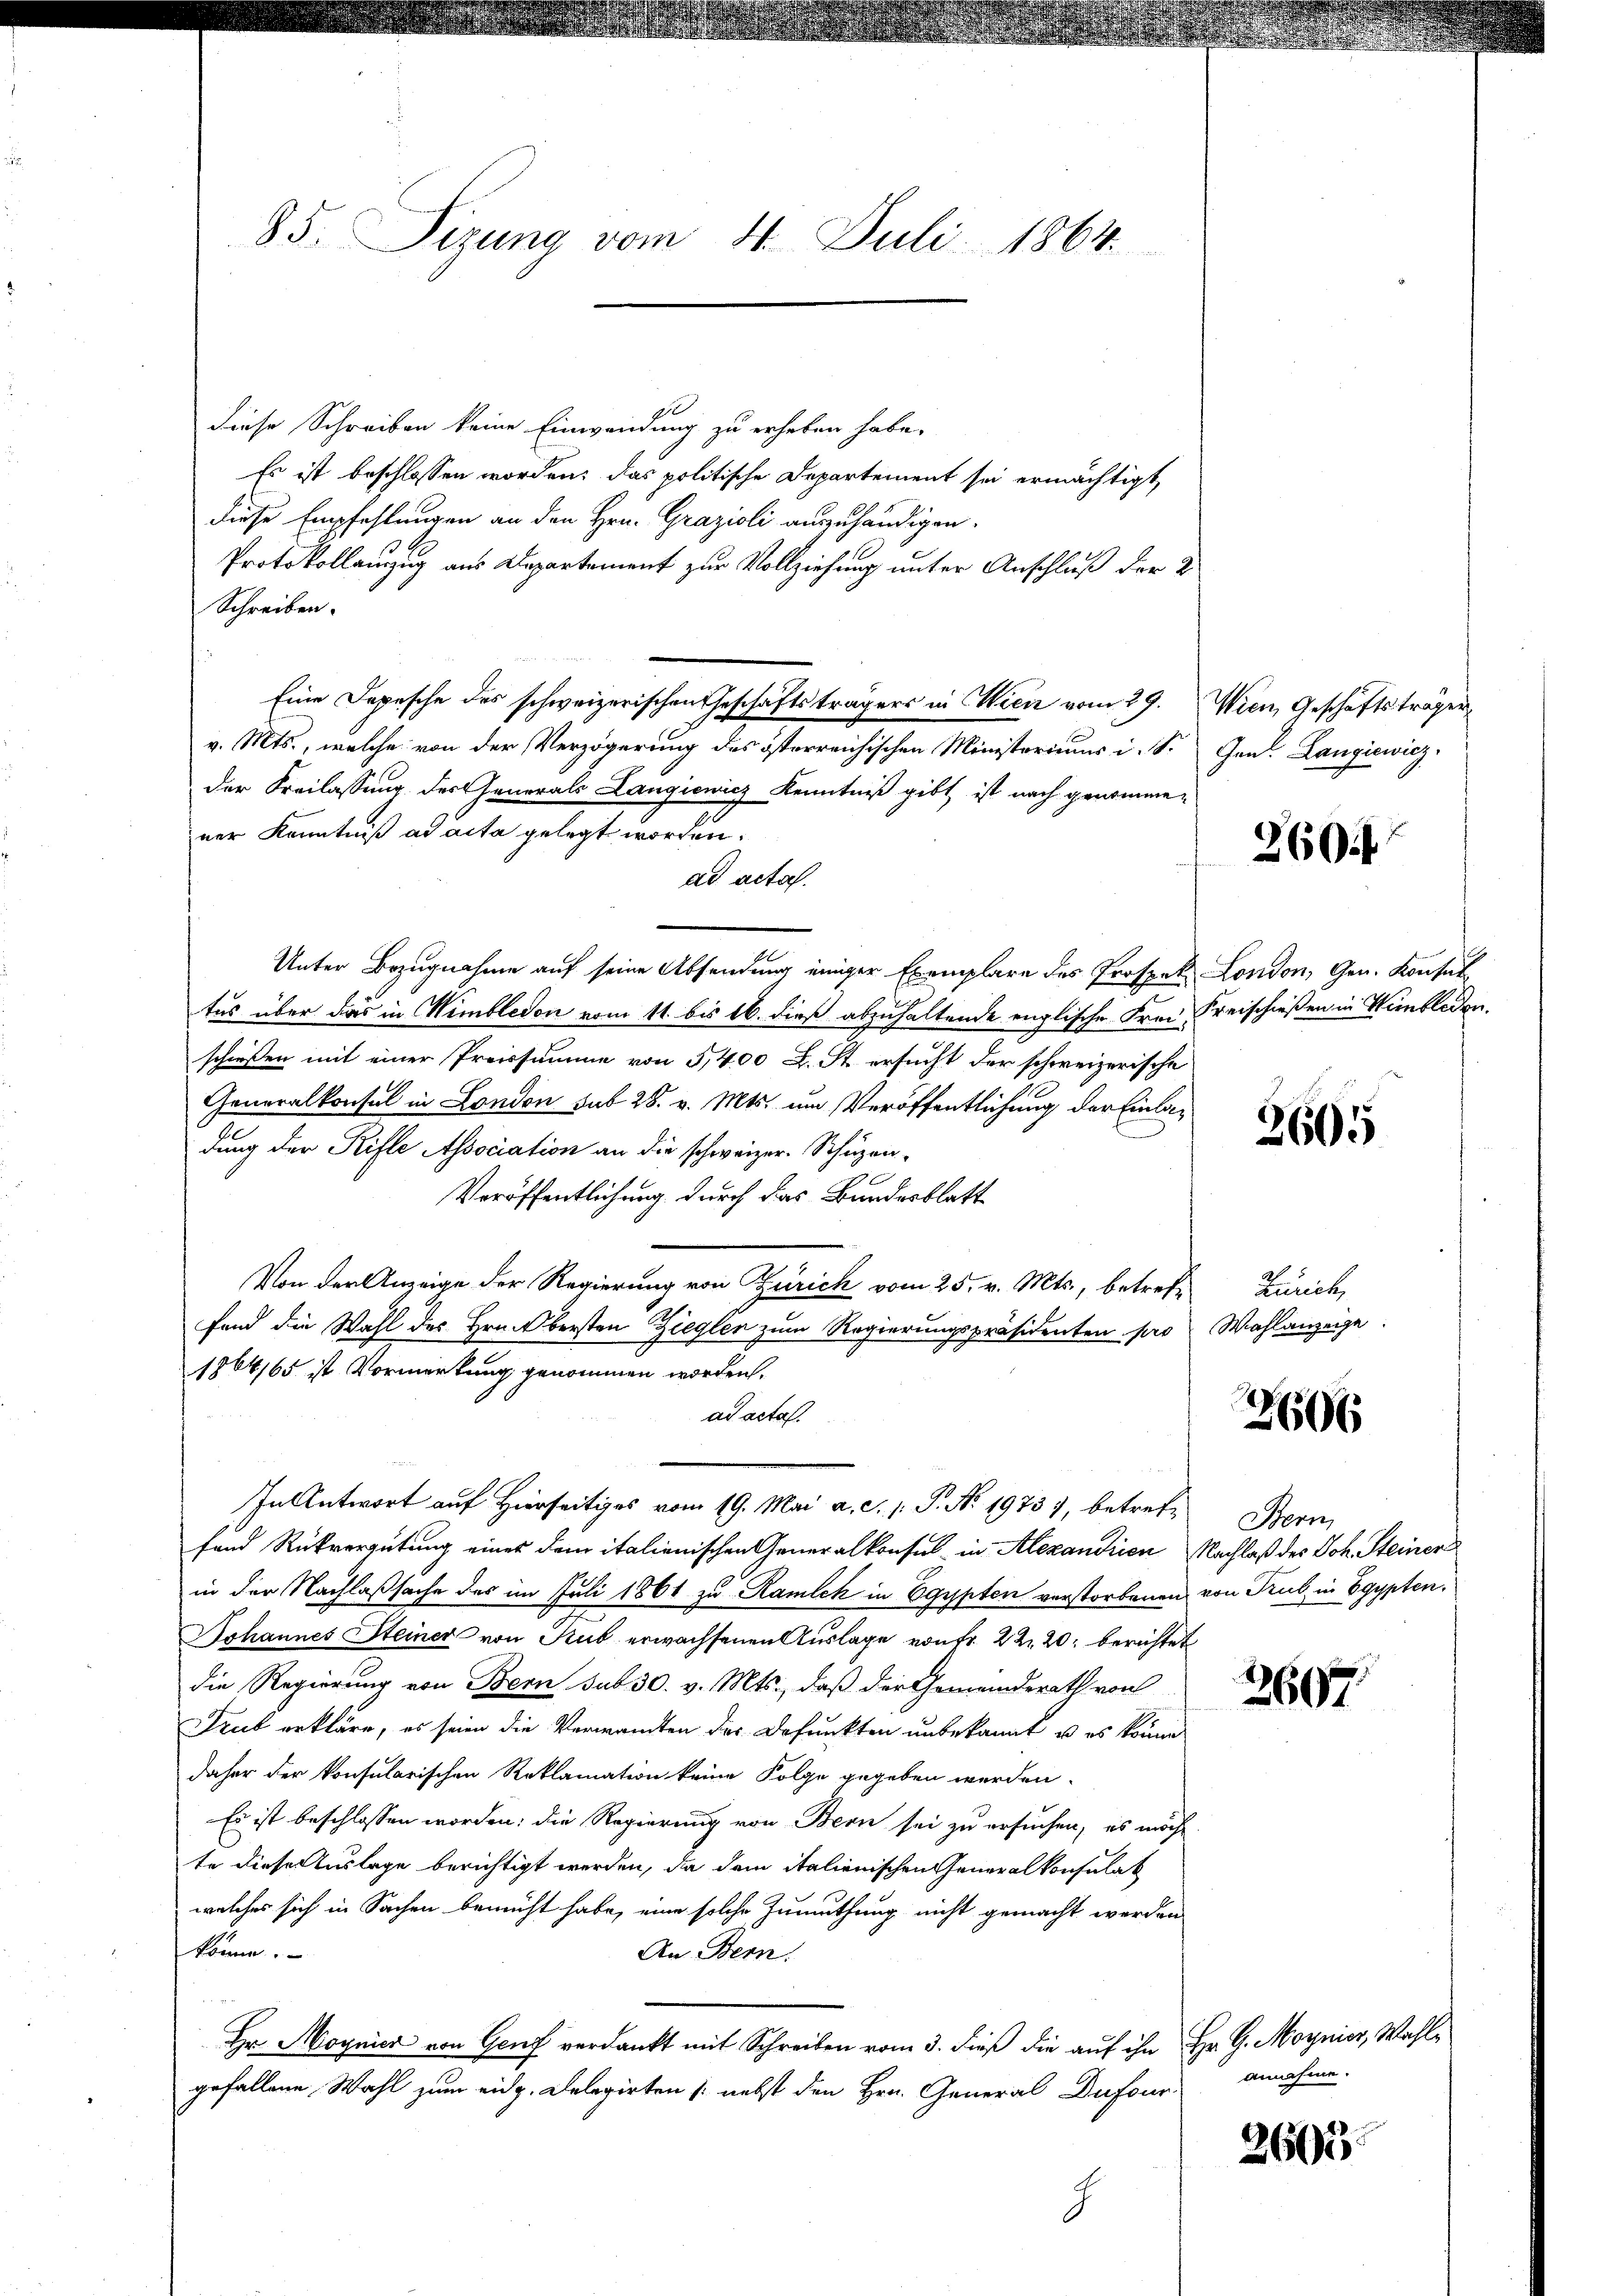
85. Sizung vom 4. Juli 1864.

diese Schreiben keine Einwendung zu erheben habe.
Es ist beschlossen worden; das politische Departement sei ermächtigt
diese Empfehlungen an den Hrn. Grazioli auszuhändigen.
Protokollanzug aus Departement zur Vollziehung unter Anschluß der 2
Schreiben.
Eine Depesche des schweizerischen Geschäftsträgers in Wien vom 29. Wien, Geschäftsträger
v. Mts., welche von der Verzögerung des österreichischen Ministerium i. S. Gen. Langiewicz,
der Freilassung des Generals Langienicz Kenntniß gibt ist nach genommener Kenntniß ad acta gelegt worden.
ad acta.
Unter Bezugnahme auf seine Absendung einiger Exemplare des Prospek London, Gen. Kontal
tus über das in Himbledon vom 11. bis 16. dieß abzuhaltende englische Frei Kreischießen in Winkladen
schießen mit einer Preissumme von 5,400 L. St. ersucht der schweizerische
Generalkonsul in London sub 28. v. Mts. um Veröffentlichung der Einladung der Rifle Association an die schweizer. Schüzen¬
3
Veröffentlichung durch das Bundesblatt
Von der Anzeige der Regierung von Zürich vom 25. v. Mts., betrete Zürich,
fand die Wahl des Hrn. Obersten Zieglen zum Regierungspräsidenten pro Wahlanzeige
1864,65 ist Vormerkung genommen worden.
ad acta.
In Antwort auf Hierseitiges vom 19. Mai a. c. 1. P. Nr. 19737, betrete Bern
fund Rückvergütung eines dem italienischen Generalkonsul in Alexandrien Nachlaß des Joh. Steiner
in der Nachlaßsache des im Juli 1861 zu Ramlch in Egypten verstorbenen von Trub in Egypten,
Johannes Steiner von Kub erwachsenen Auslage von fr. 22. 20. berichtet
die Regierung von Bern sub 30. v. Mts., daß der Gemeinderath von
Trub erkläre, es seien die Verwandten des Dofunkten unbekannt u. es könne
daher der konsularischen Reklamation keine Folge gegeben werden.
Es ist beschlossen worden; die Regierung von Bern sei zu ersuchen, es möch
te dieser Auslage berichtigt werden, da dem italienischen Generalkonsulat
welches sich in Sachen bemüht habe, eine solche Zumuthung nicht gemacht werden
könne.
An Bern.
Hr. Moynier von Genf verdankt mit Schreiben vom 3. dieß die auf ihn Hr. G. Moynior, Wahlgefallene Wahl zum eidg. Delegirten (nebst den Hrn. General Dufour annahme.
g

260.

2605

2606

2607.

2600.